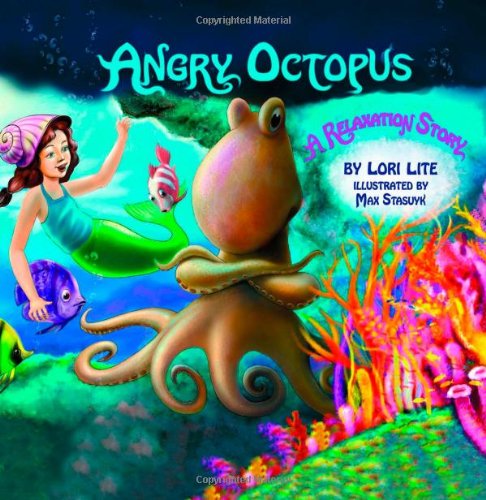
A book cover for Angry Octopus: An Anger Management Story introducing active progressive muscular relaxation and deep breathing; Lori Lite; Self-Help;